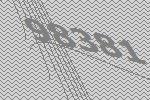
98381